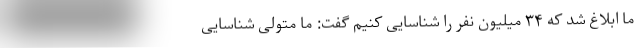
ما ابلاغ شد که ۳۴ میلیون نفر را شناسایی کنیم گفت: ما متولی شناسایی